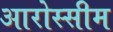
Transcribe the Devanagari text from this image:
आरोस्सीम